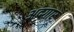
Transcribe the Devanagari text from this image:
अदगार